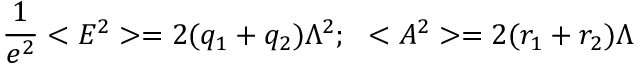
\frac { 1 } { e ^ { 2 } } < E ^ { 2 } > = 2 ( q _ { 1 } + q _ { 2 } ) \Lambda ^ { 2 } ; \ \ < A ^ { 2 } > = 2 ( r _ { 1 } + r _ { 2 } ) \Lambda